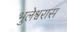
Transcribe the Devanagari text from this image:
भुलेश्वरास